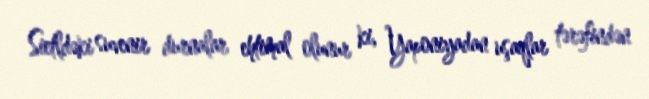
Sietldəki suvenir durnalar ehtimal olunur ki, Yaponiyadan uşaqlar tərəfindən